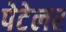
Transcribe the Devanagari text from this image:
पेटेलर